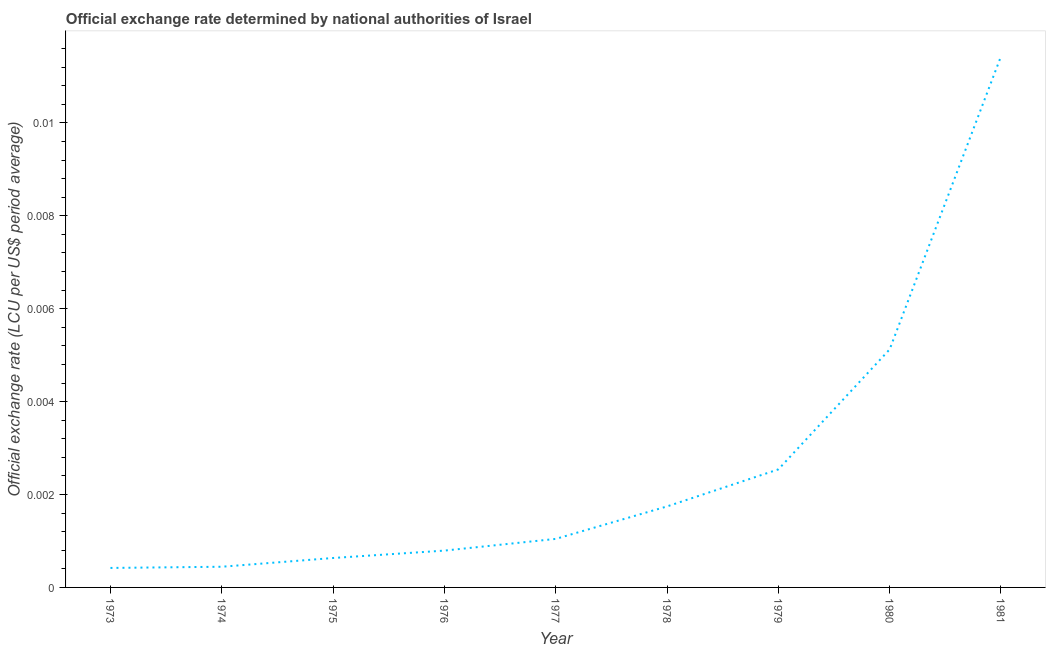
| Year | Official exchange rate |
 | --- | --- |
 | 1973 | 0.000419 |
 | 1974 | 0.000445 |
 | 1975 | 0.000634 |
 | 1976 | 0.000793 |
 | 1977 | 0.00104 |
 | 1978 | 0.00174 |
 | 1979 | 0.00254 |
 | 1980 | 0.00512 |
 | 1981 | 0.0114 |